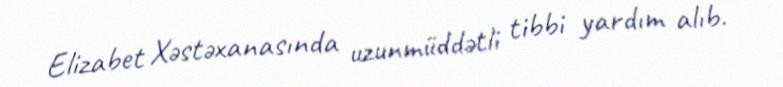
Elizabet Xəstəxanasında uzunmüddətli tibbi yardım alıb.